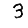
Digit: 3